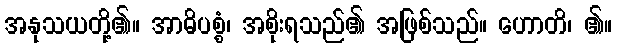
အနုသယတို့၏။ အာဓိပစ္စံ၊ အစိုးရသည်၏ အဖြစ်သည်။ ဟောတိ၊ ၏။